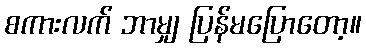
စကားလက် ဘာမျှ ပြန်မပြောတော့။